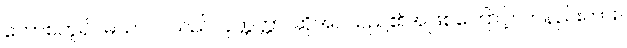
တောစဟူ၍။ မယာ၊ ငါသည်။ ဝုတ္တတ္တာ၊ ဆိုအပ်သည်၏အဖြစ်ကြောင့်။ တနည်းကား။